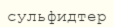
сульфидтер